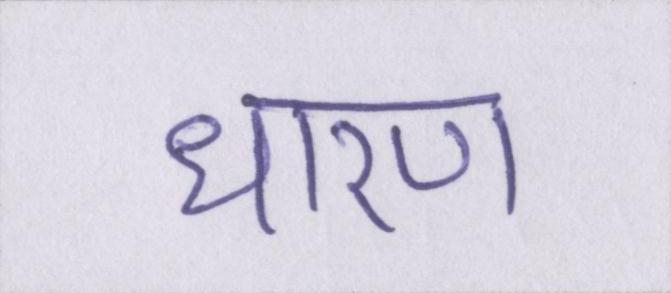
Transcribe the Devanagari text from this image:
धारण